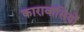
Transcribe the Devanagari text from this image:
कारावासियों